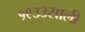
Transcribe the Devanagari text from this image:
१९३३साली